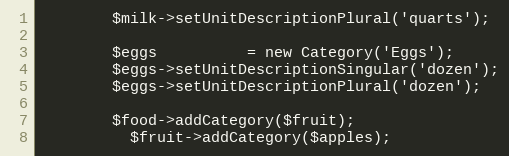
Language: PHP
        $milk->setUnitDescriptionPlural('quarts');

        $eggs          = new Category('Eggs');
        $eggs->setUnitDescriptionSingular('dozen');
        $eggs->setUnitDescriptionPlural('dozen');

        $food->addCategory($fruit);
          $fruit->addCategory($apples);